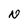
Character: N